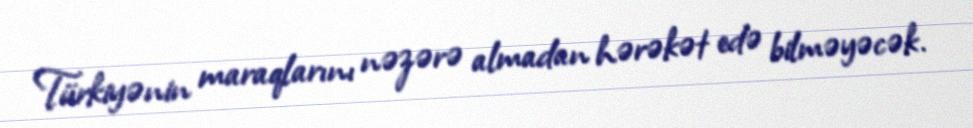
Türkiyənin maraqlarını nəzərə almadan hərəkət edə bilməyəcək.